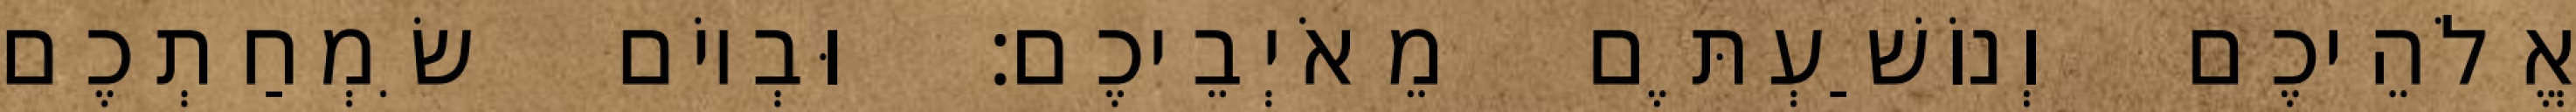
אֱלֹהֵיכֶם וְנוֹשַׁעְתֶּם מֵאֹיְבֵיכֶם׃ וּבְיוֹם שִׂמְחַתְכֶם